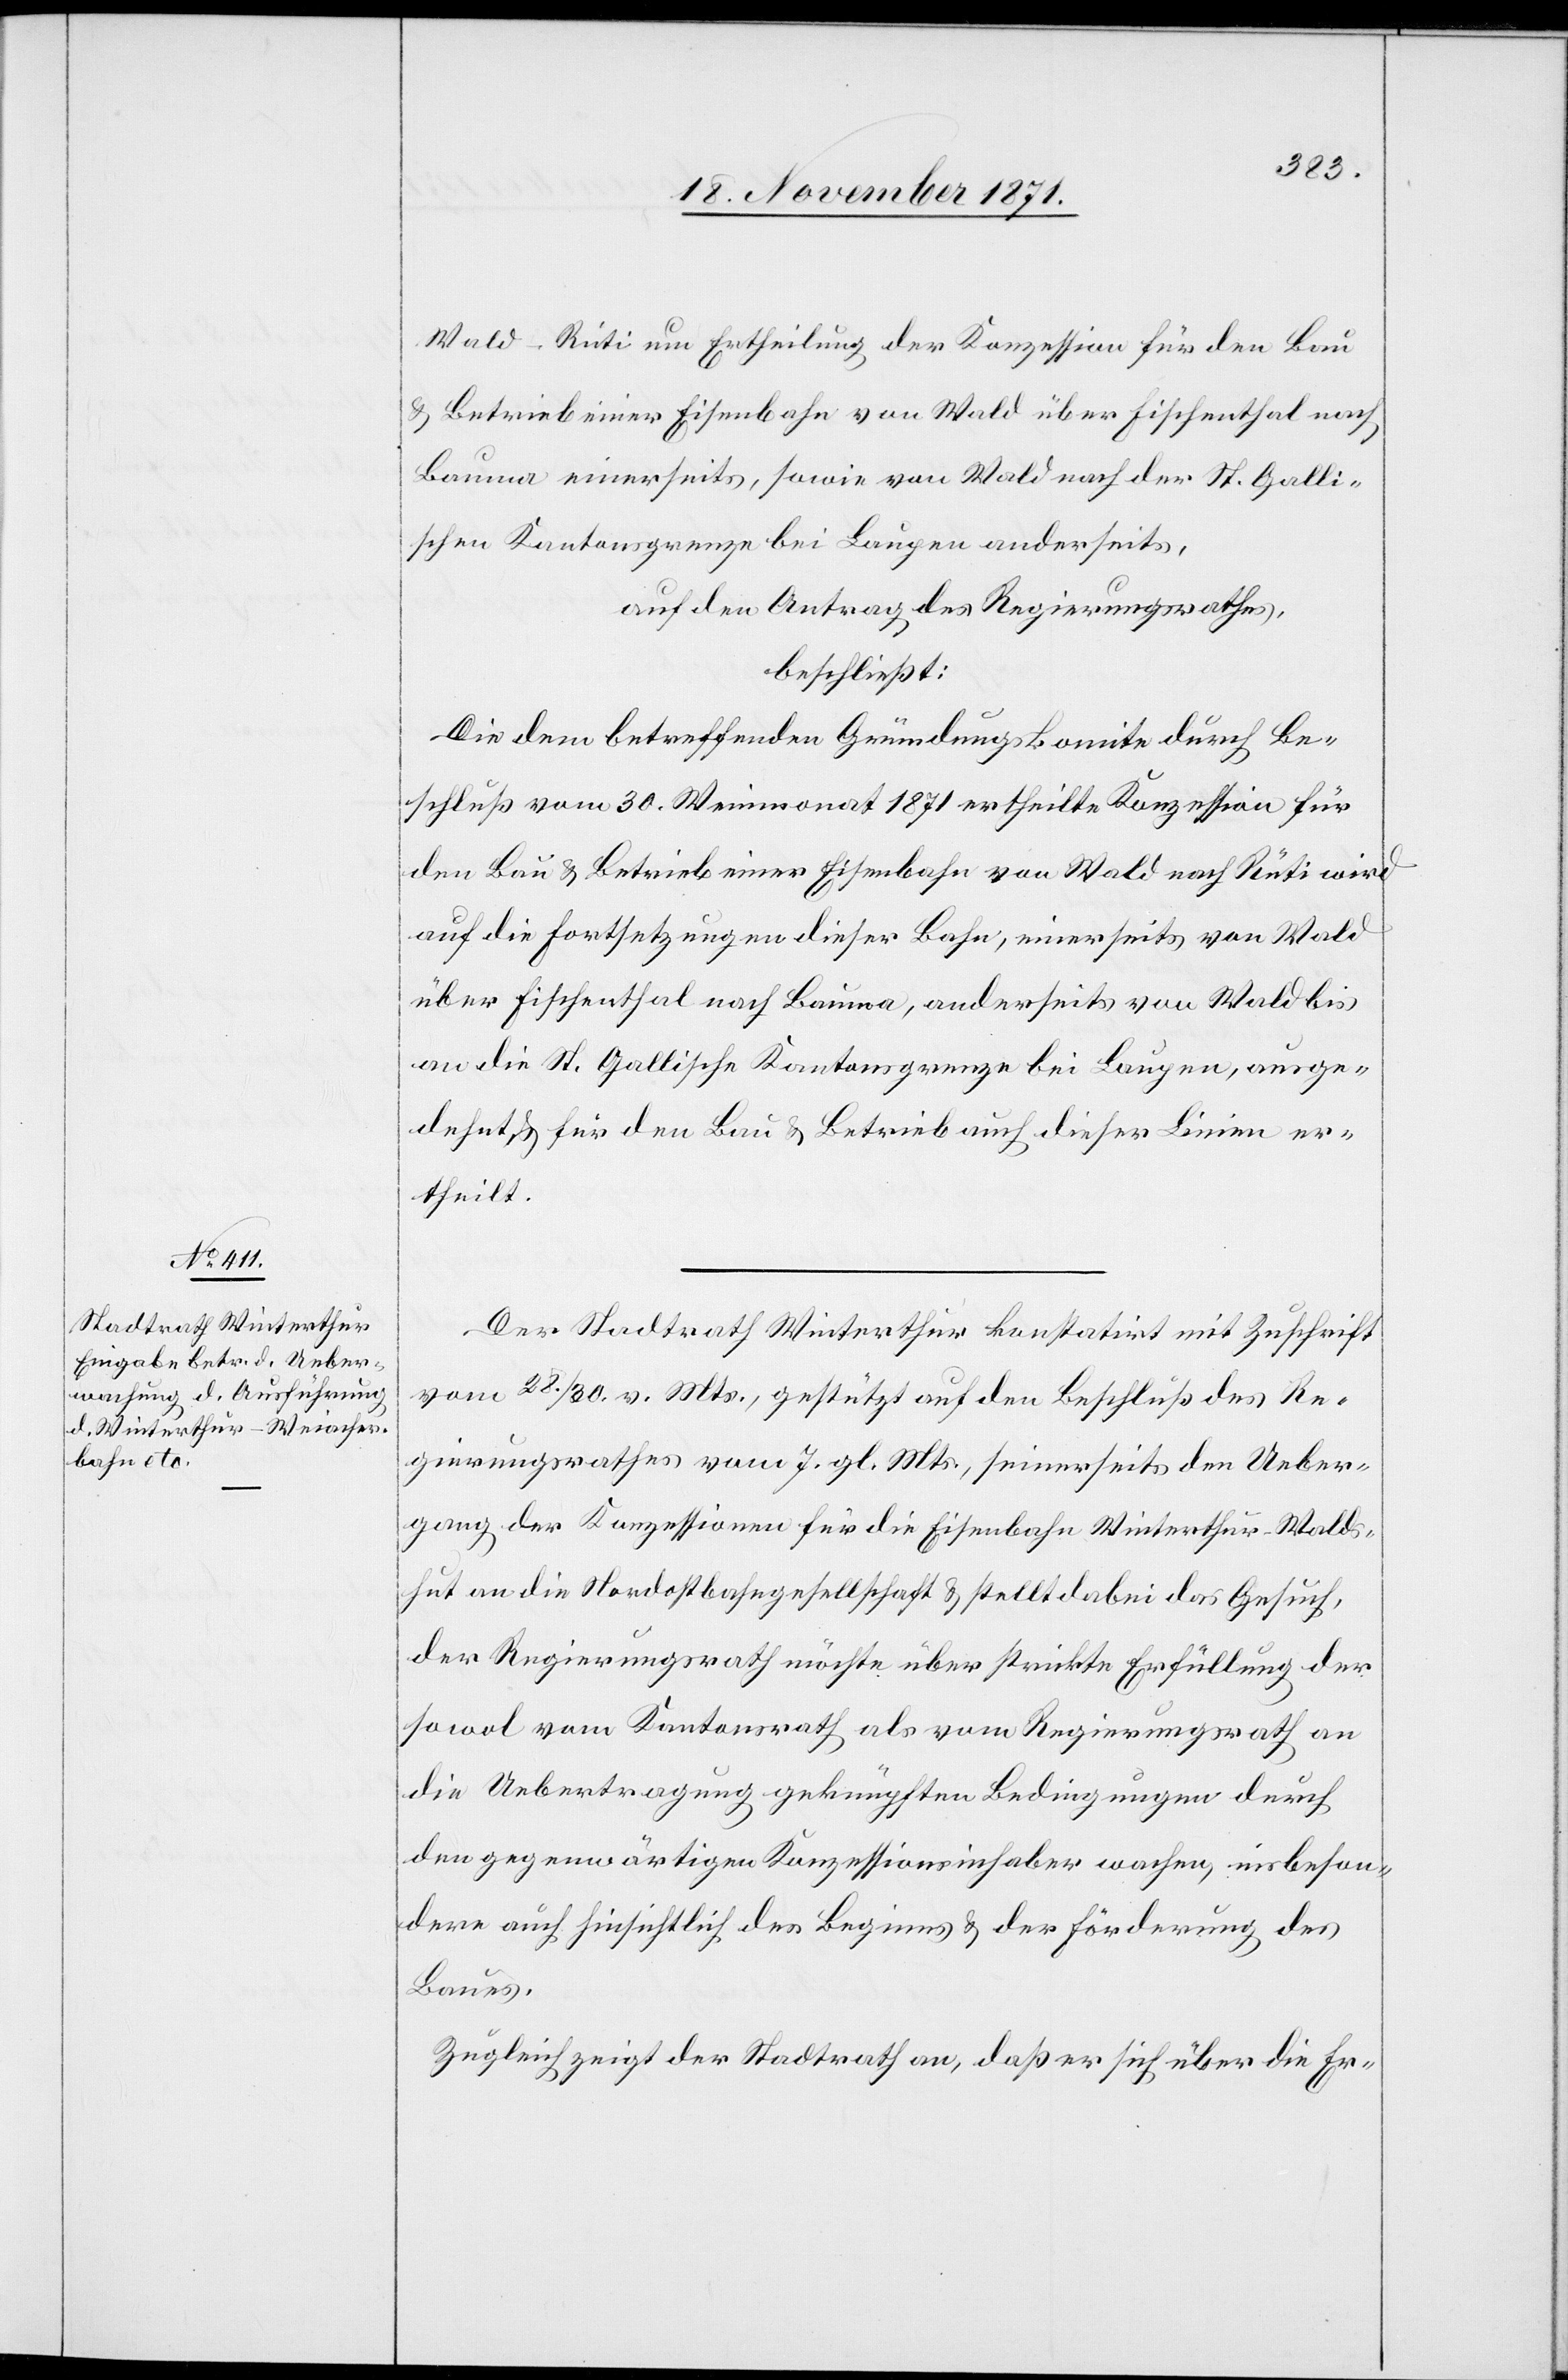
Wald–Rüti um Ertheilung der Konzession für den Bau
& Betrieb einer Eisenbahn von Wald über Fischenthal nach
Bauma einerseits, sowie von Wald nach der St. Galli¬
schen Kantonsgrenze bei Laupen anderseits,
auf den Antrag des Regierungsrathes,
beschließt:
Die dem betreffenden Gründungskomite durch Be¬
schluß vom 30. Weinmonat 1871 ertheilte Konzession für
den Bau & Betrieb einer Eisenbahn von Wald nach Rüti wird
auf die Fortsetzungen dieser Bahn, einerseits von Wald
über Fischenthal nach Bauma, anderseits von Wald bis
an die St. Gallische Kantonsgrenze bei Laupen, ausge¬
dehnt, & für den Bau & Betrieb auch dieser Linie er¬
theilt.
Der Stadtrath Winterthur konstatirt mit Zuschrift
vom 28. / 30. v. Mts., gestützt auf den Beschluß des Re¬
gierungsrathes vom 7. gl. Mts., seinerseits den Ueber¬
gang der Konzessionen für die Eisenbahn Winterthur–Walds¬
hut an die Nordostbahngesellschaft & stellt dabei das Gesuch,
der Regierungsrath möchte über strikte Erfüllung der
sowol vom Kantonsrath als vom Regierungsrath an
die Uebertragung geknüpften Bedingungen durch
den gegenwärtigen Konzessionsinhaber wachen, insbeson¬
dere auch hinsichtlich des Beginns & der Förderung des
Baues.
Zugleich zeigt der Stadtrath an, daß er sich über die Er-